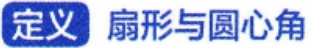
定义 扇形与圆心角